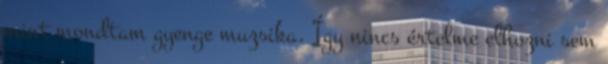
mint mondtam gyenge muzsika. Így nincs értelme elhozni sem